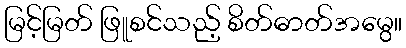
မြင့်မြတ် ဖြူစင်သည့် စိတ်ဓာတ်အမွေ။